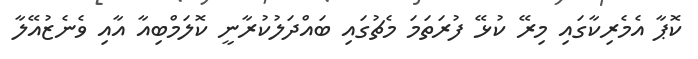
ކޮޕާ އެމެރިކާގައި މިރޭ ކުޅޭ ފުރަތަމަ މެޗުގައި ބައްދަލުކުރާނީ ކޮލަމްބިއާ އާއި ވެނެޒުއޭލާ